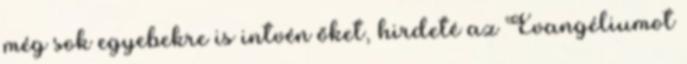
még sok egyebekre is intvén őket, hirdeté az Evangéliumot